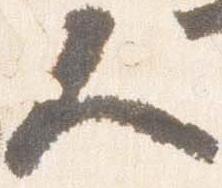
人